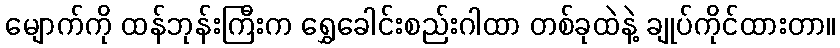
မျောက်ကို ထန်ဘုန်းကြီးက ရွှေခေါင်းစည်းဂါထာ တစ်ခုထဲနဲ့ ချုပ်ကိုင်ထားတာ။